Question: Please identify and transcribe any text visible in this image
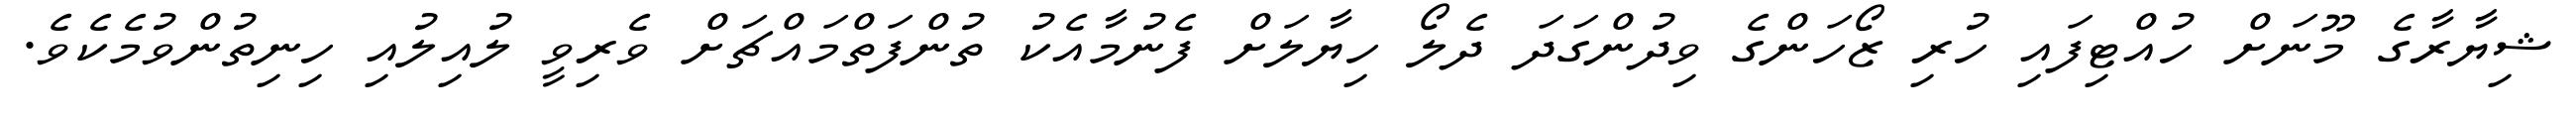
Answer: ޝިޔާރާގެ މޫނަށް ހުއްޓިފައި ހުރި ޒޯހަންގެ ވިދުންގަދަ ދެލޯ ހިޔާލަށް ފެނުމާއެކު ތުންފަތްމައްޗަށް ވެރިވީ ލުއިލުއި ހިނިތުންވުމެކެވެ.